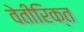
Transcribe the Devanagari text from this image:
वेतीरिक्त